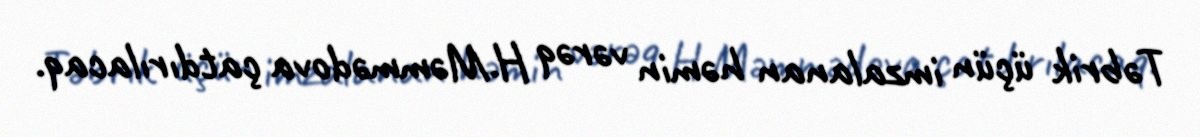
Təbrik üçün imzalanan həmin vərəq H.Məmmədova çatdırılacaq.